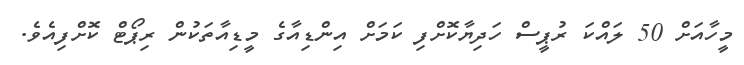
މީހާއަށް 50 ލައްކަ ރުޕީސް ހަދިޔާކޮށްފި ކަމަށް އިންޑިއާގެ މީޑިއާތަކުން ރިޕޯޓް ކޮށްފިއެވެ.